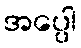
အပ္ပေါ